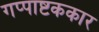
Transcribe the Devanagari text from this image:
गप्पाष्टककार